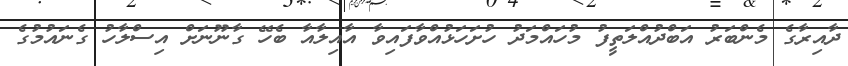
ދާއިރާގެ މެންބަރު އަބްދުއްލަތީފު މުހައްމަދު ހުށަހަޅުއްވާފައިވާ އާއިލާއާ ބެހޭ ގާނޫނަށް އިސްލާހު ގެނައުމުގެ